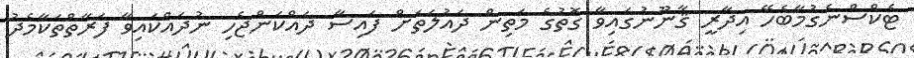
ޓެކްސްނެގުމާބެހޭ އިދާރީ ޤާނޫނުގައިވާ ގޮތުގެ މަތިން ދައުލަތަށް ފައިސާ ދައްކަންޖެހި ނުދައްކައިވާ ފަރާތްތަކާމެދު